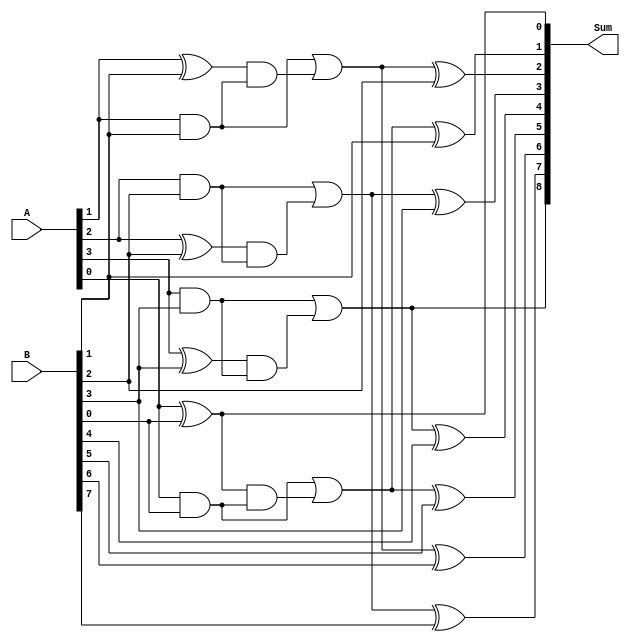
module carry_select_lookahead_adder (
    input [7:0] A,
    input [7:0] B,
    output reg [8:0] Sum
);

reg [7:0] M0, M1, M2, M3, G0, G1, G2, G3, P0, P1, P2, P3;

assign G0 = A[0] & B[0];
assign P0 = A[0] ^ B[0];
assign G1 = A[1] & B[1];
assign P1 = A[1] ^ B[1];
assign G2 = A[2] & B[2];
assign P2 = A[2] ^ B[2];
assign G3 = A[3] & B[3];
assign P3 = A[3] ^ B[3];

assign M0 = G0 | (P0 & G0);
assign M1 = G1 | (P1 & G1);
assign M2 = G2 | (P2 & G2);
assign M3 = G3 | (P3 & G3);

assign Sum[0] = A[0] ^ B[0];
assign Sum[1] = M0 ^ B[1];
assign Sum[2] = M1 ^ B[2];
assign Sum[3] = M2 ^ B[3];

always @(A, B) begin
    Sum[4] = M3 ^ B[4];
    Sum[5] = M0 ^ B[5];
    Sum[6] = M1 ^ B[6];
    Sum[7] = M2 ^ B[7];
    Sum[8] = M3;
end

endmodule